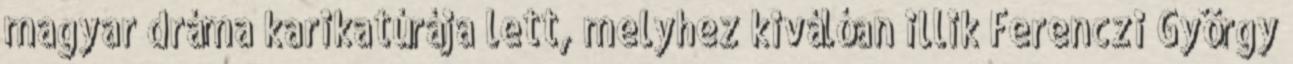
magyar dráma karikatúrája lett, melyhez kiválóan illik Ferenczi György